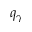
q _ { \gamma }